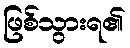
ဖြစ်သွားရ၏